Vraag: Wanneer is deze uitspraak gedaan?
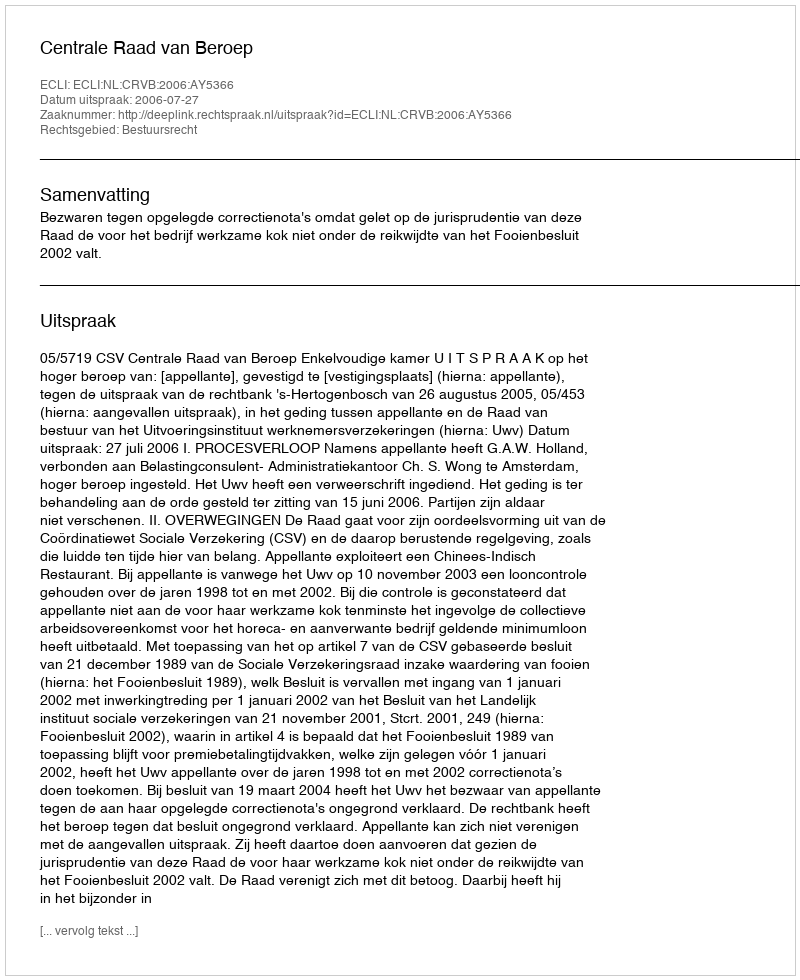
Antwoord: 2006-07-27